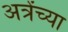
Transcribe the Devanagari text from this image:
अत्रेंच्या